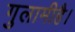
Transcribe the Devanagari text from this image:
गुलामीहै।